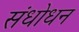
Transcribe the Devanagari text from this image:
संधोधन